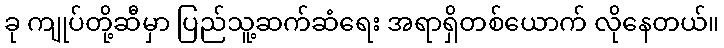
ခု ကျုပ်တို့ဆီမှာ ပြည်သူ့ဆက်ဆံရေး အရာရှိတစ်ယောက် လိုနေတယ်။